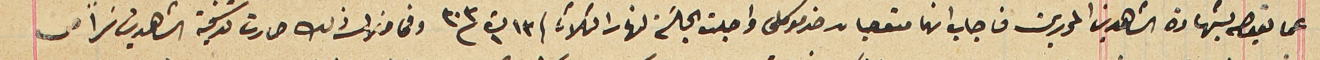
عما تعيصه بشهادة الشاهدين المحررين فاجاب انها متعصبان ضد موكلى واجلت الجلسَه لنهار الثلاثا ١٣ ت١ ٣٠٣ وفى خلال ذلك صارت تذكية الشاهدين سراً من